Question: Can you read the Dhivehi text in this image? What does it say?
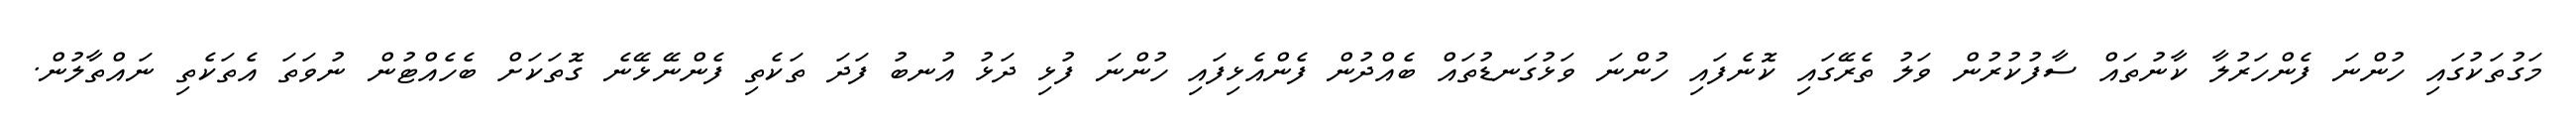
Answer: މަގުތަކުގައި ހުންނަ ފެންހަރުލާ ކާނުތައް ސާފުކުރުން ވަލު ތެރޭގައި ކޮނެފައި ހުންނަ ވަޅުގަނޑުތައް ބެއްދުން ފެންއެޅިފައި ހުންނަ ފުޅި ދަޅު އުނބު ފަދަ ތަކެތި ފެންނޭޅޭނެ ގޮތަކަށް ބެހެއްޓުން ނުވަތަ އެތަކެތި ނައްތާލުން.